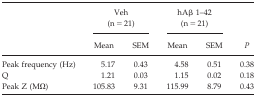
| <ROWSPAN=2>  | <COLSPAN=2> Veh (n = 21) | <COLSPAN=2> hAβ 1–42 (n = 21) | <ROWSPAN=2> P |
 | Mean | SEM | Mean | SEM |
 | --- | --- | --- | --- | --- | --- |
 | Peak frequency (Hz) | 5.17 | 0.43 | 4.58 | 0.51 | 0.38 |
 | Q | 1.21 | 0.03 | 1.15 | 0.02 | 0.18 |
 | Peak Z (MΩ) | 105.83 | 9.31 | 115.99 | 8.79 | 0.43 |